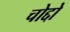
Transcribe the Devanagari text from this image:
चोद्दो